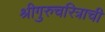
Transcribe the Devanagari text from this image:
श्रीगुरुचरित्राची